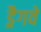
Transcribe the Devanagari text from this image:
ड्रैगवे